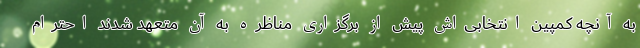
به آنچه کمپین انتخابی‌اش پیش از برگزاری مناظره به آن متعهد شدند احترام